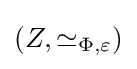
(Z,\simeq _{\Phi ,\varepsilon })